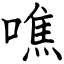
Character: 噍